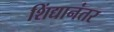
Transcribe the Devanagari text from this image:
शिंद्यानंतर